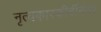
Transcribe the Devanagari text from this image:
नृत्यकारकीर्दीनंतर